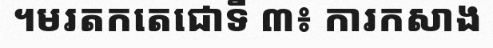
។មរតកតេជោទី ៣៖ ការកសាង